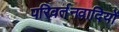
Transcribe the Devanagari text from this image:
परिवर्तनवादियों